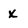
Character: x